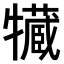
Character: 𤛻